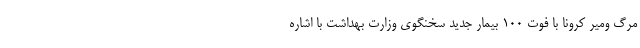
مرگ‌ ومیر کرونا با فوت ۱۰۰ بیمار جدید سخنگوی وزارت بهداشت با اشاره